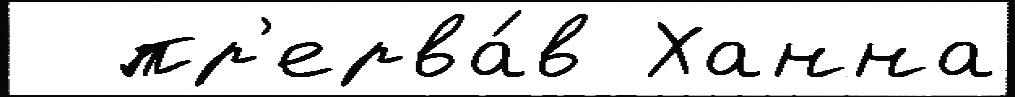
  пр'ерва́в Ханна